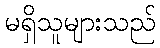
မရှိသူများသည်